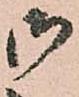
御